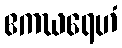
ဧကဃရေဟံ